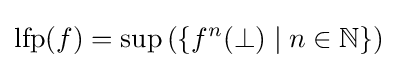
{\textrm {lfp}}(f)=\sup \left(\left\{f^{n}(\bot )\mid n\in \mathbb {N} \right\}\right)